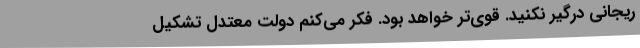
ریجانی درگیر نکنید. قوی‌تر خواهد بود. فکر می‌کنم دولت معتدل تشکیل